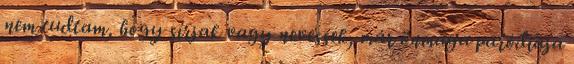
nem tudtam, hogy sírjak vagy nevessek, már önmaga paródiája